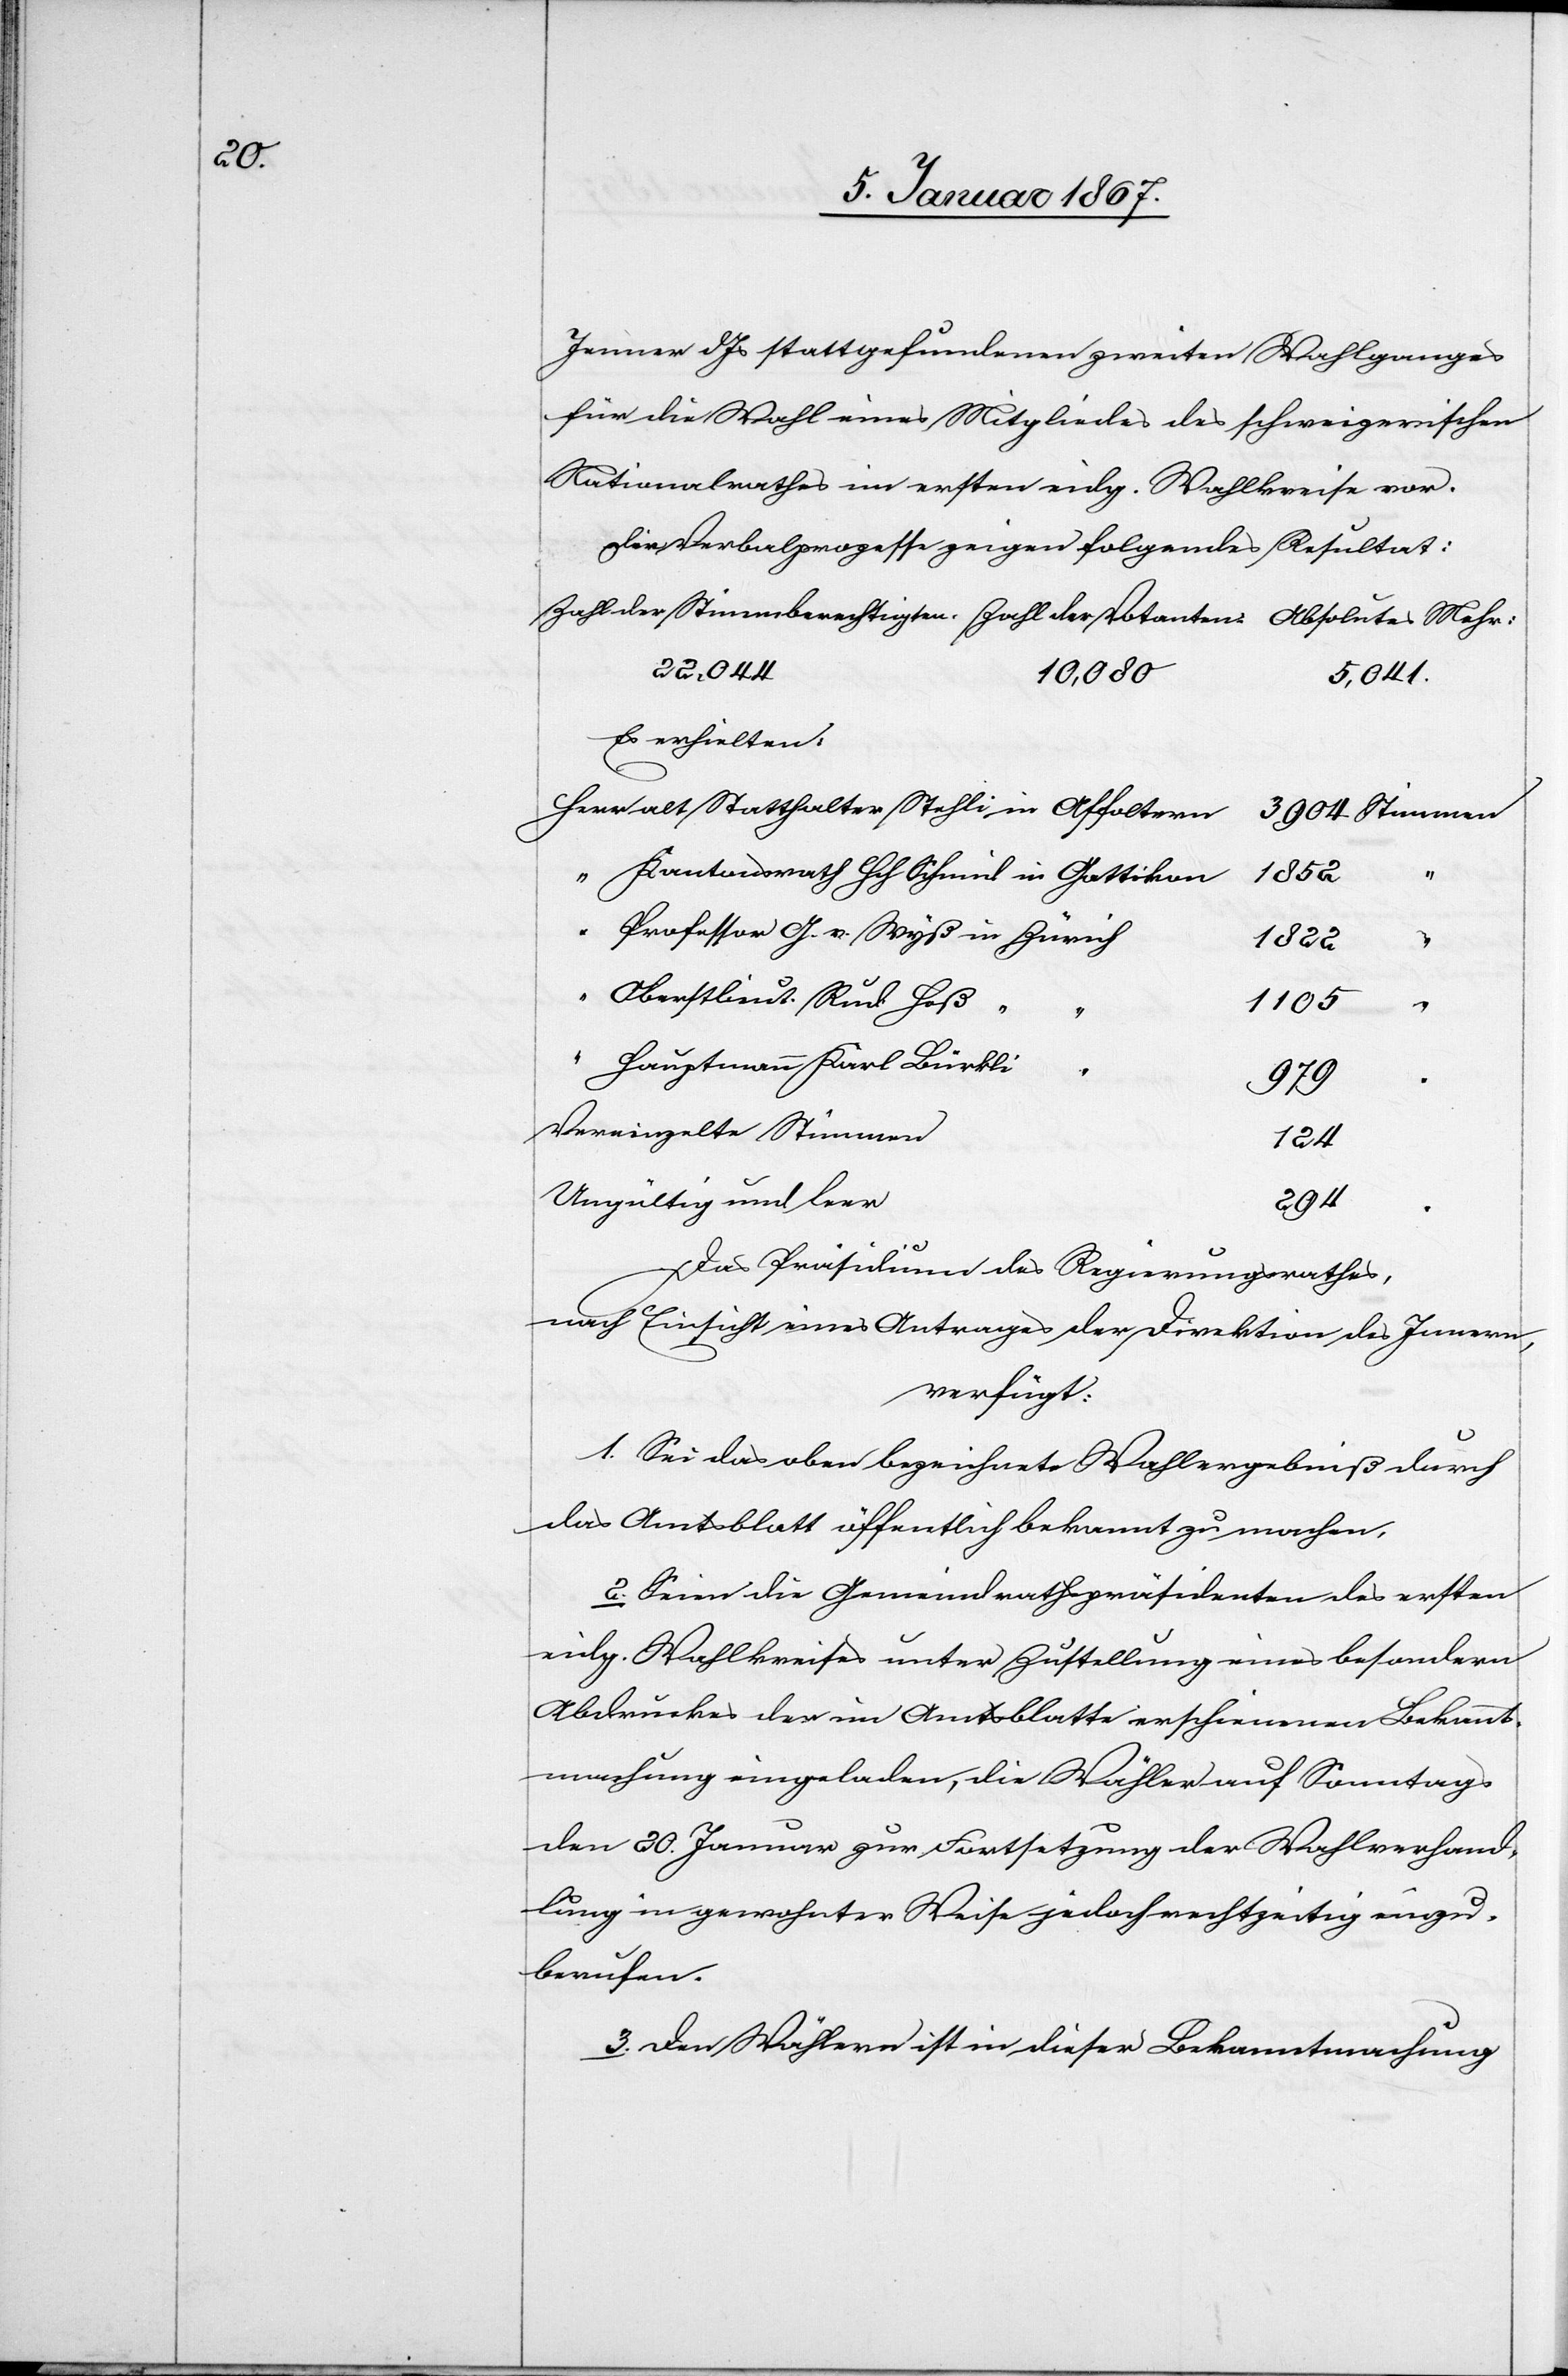
Jenner d. Js stattgefundenen zweiten Wahlganges
für die Wahl eines Mitgliedes des schweizerischen
Nationalrathes im ersten eidg. Wahlkreise vor.
Die Verbalprozesse zeigen folgendes Resultat:
Zahl der Stimmberechtigten:	Zahl der Votanten:		Absolutes Mehr:
Es erhielten:
Herr 	alt Statthalter Stehli in Affoltern							3904 Stimmen
Oberstlieut.. Rud. Heß
‟
‟		Hauptmann Karl Bürkli
Das Präsidium des Regierungsrathes,
nach Einsicht eines Antrages der Direktion des Innern,
verfügt:
1. Sei das oben bezeichnete Wahlergebniß durch
das Amtsblatt öffentlich bekannt zu machen.
2. Seien die Gemeindrathspräsidenten des ersten
eidg. Wahlkreises unter Zustellung eines besondern
Abdruckes der im Amtsblatte erschienenen Bekannt¬
machung eingeladen, die Wähler auf Sonntags
den 20. Januar zur Fortsetzung der Wahlverhand¬
lung in gewohnter Weise jedoch rechtzeitig einzu¬
berufen.
3. Den Wählern ist in dieser Bekanntmachung